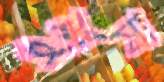
শুষা